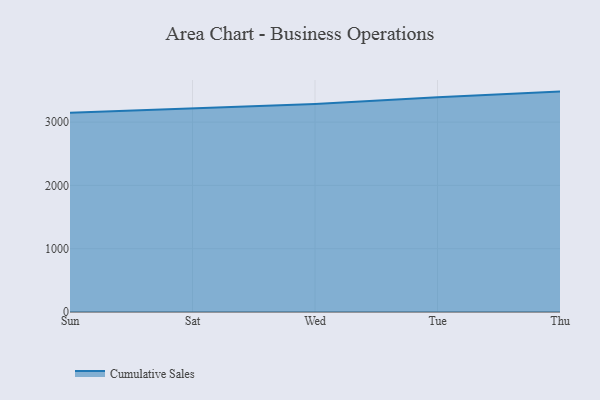
{"axis": {"x": "Day", "y": "Satisfaction Score"}, "legend": ["Cumulative Sales"], "data": [{"x": "Sun", "y": 3147.3, "type": "Cumulative Sales"}, {"x": "Sat", "y": 3220.5, "type": "Cumulative Sales"}, {"x": "Wed", "y": 3287.1, "type": "Cumulative Sales"}, {"x": "Tue", "y": 3394.5, "type": "Cumulative Sales"}, {"x": "Thu", "y": 3481.8, "type": "Cumulative Sales"}]}